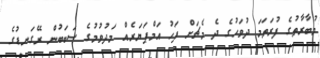
މުބާރާތުގެ ފުރަތަމަ ދުވަހުގެ ދެ މެޗަށް ފަހު އަމްޕަޔަރެއް މަދުވުމުގެ ސަބަބުން ރޭގަނޑުގެ